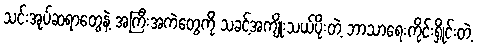
သင်းအုပ်ဆရာတွေနဲ့ အကြီးအကဲတွေကို သခင့်အကျိုးသယ်ပိုးတဲ့ ဘာသာရေးကိုင်းရှိုင်းတဲ့